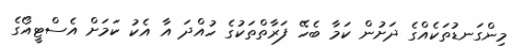
މިންގަނޑުތަކެއްގެ ދަށުން ކަމާ ބެހޭ ފަރާތްތަކުގެ ހުއްދަ އާ އެކު ކަމަށް އެސްޓީއޯގެ